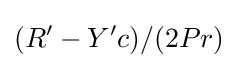
(R'-Y'c)/(2Pr)